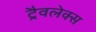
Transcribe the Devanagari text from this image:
ट्रैवलेक्स